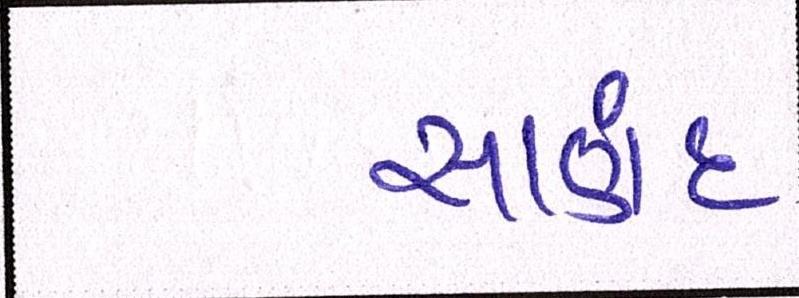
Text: સાણંદ